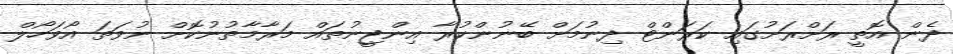
ދެން އޮތީ ރަށްރަށުގައި ކަރަންޓް ދިނުމަށް ބޭނުންކުރާ އިންޖީނުތައް މަރާމާތުނުކޮށް ނުވަތަ އޯވަހޯލް